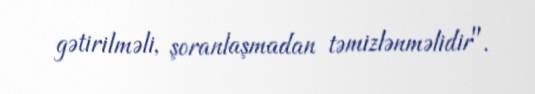
gətirilməli, şoranlaşmadan təmizlənməlidir".